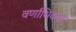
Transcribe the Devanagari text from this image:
वर्णाधिकार